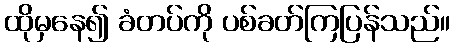
ထိုမှနေ၍ ခံတပ်ကို ပစ်ခတ်ကြပြန်သည်။